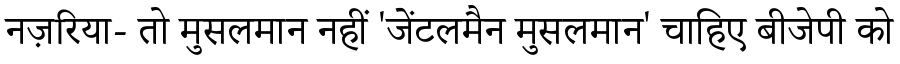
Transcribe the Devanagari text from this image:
नज़रिया- तो मुसलमान नहीं 'जेंटलमैन मुसलमान' चाहिए बीजेपी को